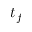
t _ { f }